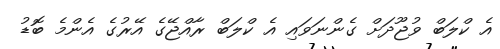
އެ ކްލަބް ވުޖޫދަށް ގެންނަވައި އެ ކްލަބް ރާއްޖޭގެ އޭރުގެ އެންމެ ބޮޑު